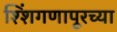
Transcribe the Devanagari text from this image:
श्शिंगणापूरच्या